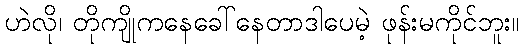
ဟဲလို၊ တိုကျိုကနေခေါ်နေတာဒါပေမဲ့ ဖုန်းမကိုင်ဘူး။